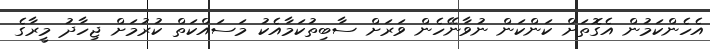
އެހެންކަމުން އެގޮތަށް ކަންކަން ނުވާނޭހެން ވަރަށް ސާބިތުކަމާއެކު މަސައްކަތް ކުރުމަށް ޖިހާދު މީރާގެ